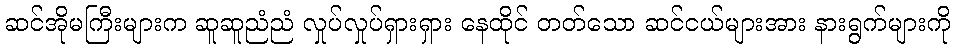
ဆင်အိုမကြီးများက ဆူဆူညံညံ လှုပ်လှုပ်ရှားရှား နေထိုင် တတ်သော ဆင်ငယ်များအား နားရွက်များကို